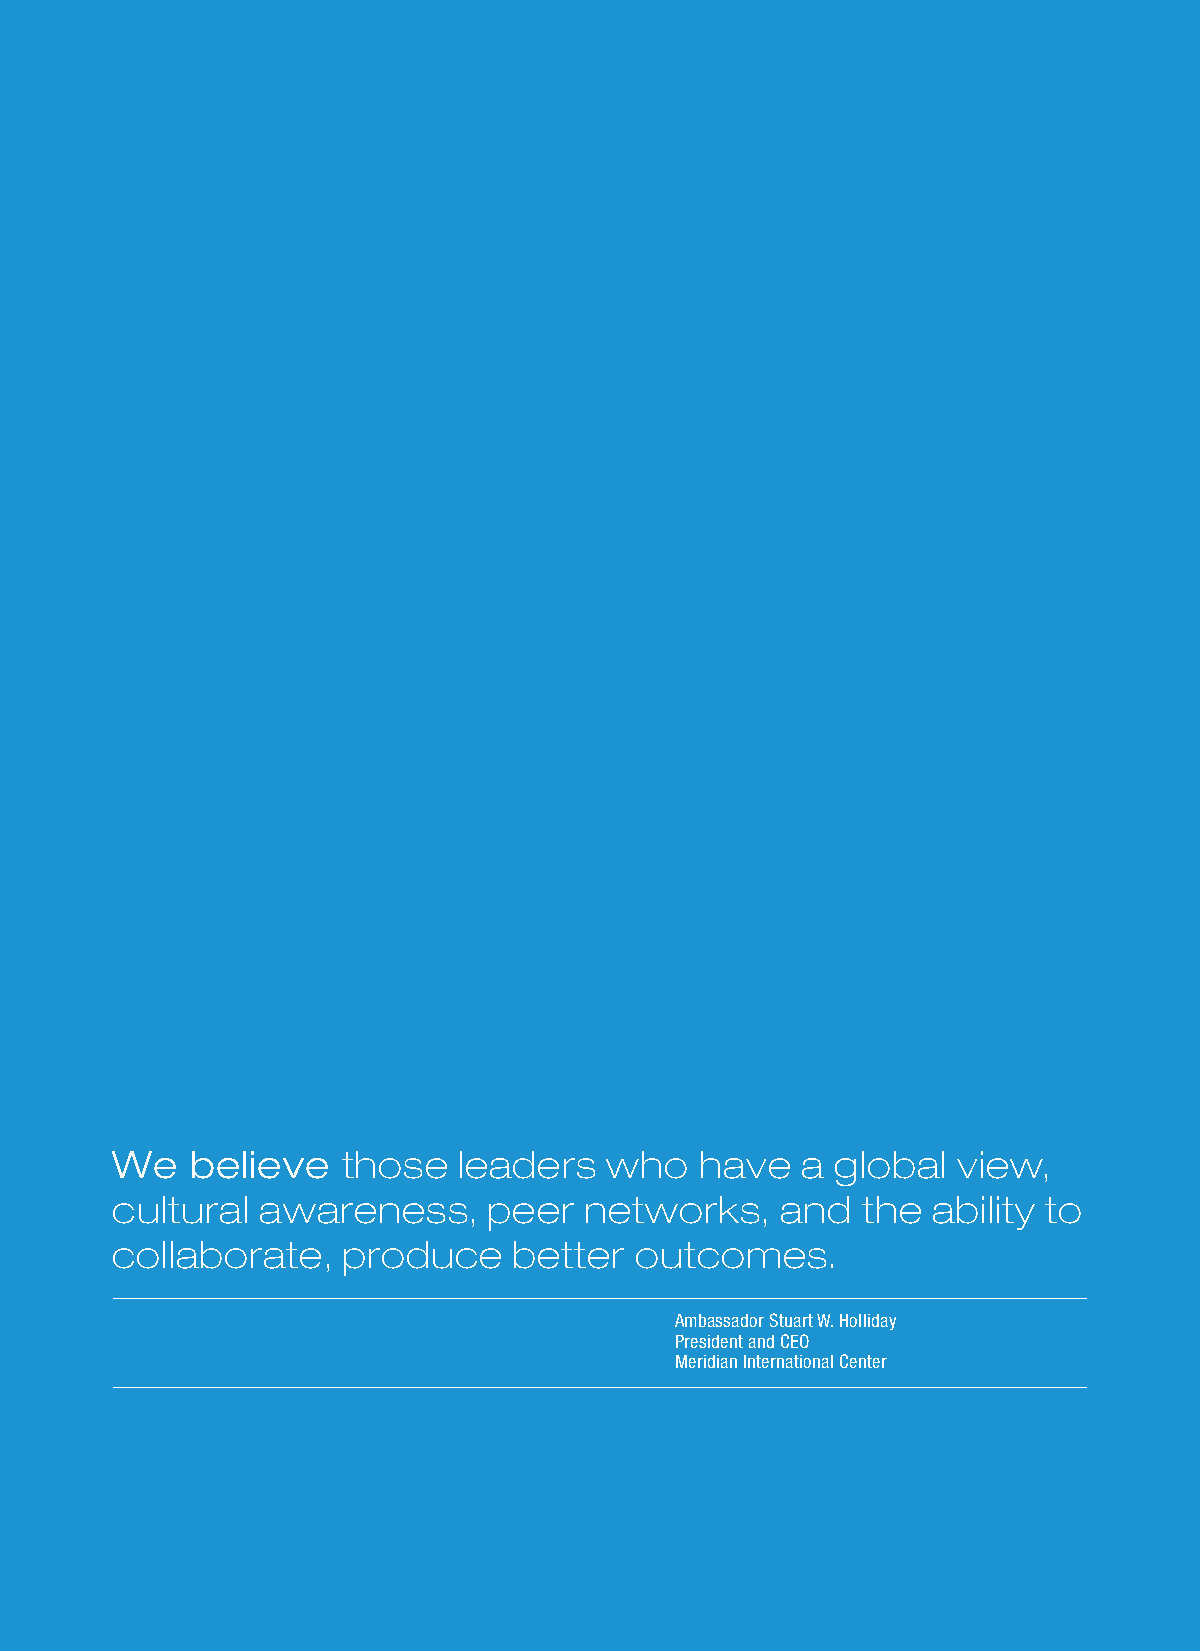
We    believe   those  leaders   who   have   a global  view,
 cultural  awareness,     peer   networks,    and  the  ability to
 collaborate,    produce    better  outcomes.
 Ambassador Stuart W. Holliday
 President and CEO
 Meridian International Center